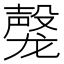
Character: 𬺝